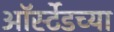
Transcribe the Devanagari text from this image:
ऑर्स्टेडच्या